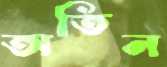
অতিন